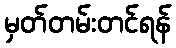
မှတ်တမ်းတင်ရန်